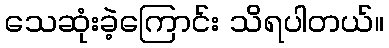
သေဆုံးခဲ့ကြောင်း သိရပါတယ်။